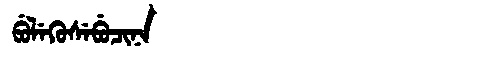
Manchu: ᠪᡠᠯᡝᡴᡠᠰᡝᠪᡠᠴᡳᠨᠠ
Romanization: BULEKUSEBUCINA